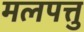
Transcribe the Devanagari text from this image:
मलपत्तु